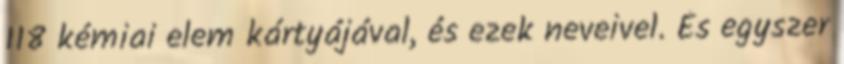
118 kémiai elem kártyájával, és ezek neveivel. És egyszer